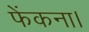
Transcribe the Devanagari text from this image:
फेंकना।